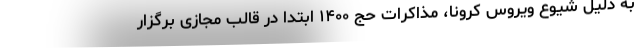
به دلیل شیوع ویروس کرونا، مذاکرات حج ۱۴۰۰ ابتدا در قالب مجازی برگزار